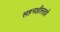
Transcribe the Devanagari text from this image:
सहनशीलताहै